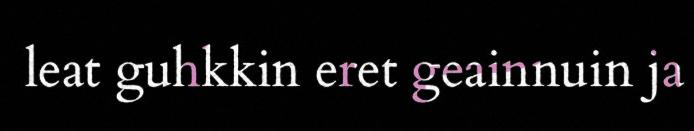
leat guhkkin eret geainnuin ja